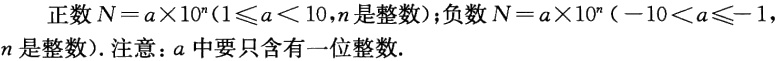
正数\(N = a\times10^{n}(1\leqslant a < 10,n是整数)\)；负数\(N = a\times10^{n}(-10 < a\leqslant -1,\) \(n是整数)\). 注意：\(a\)中要只含有一位整数.